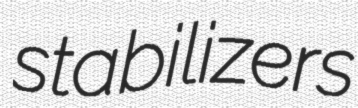
stabilizers